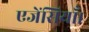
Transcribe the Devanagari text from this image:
एजेंसियाँ।